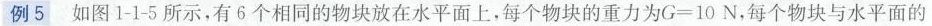
例5 如图1-1-5所示，有6个相同的物块放在水平面上，每个物块的重力为 $$G = 1 0 N$$，每个物块与水平面的